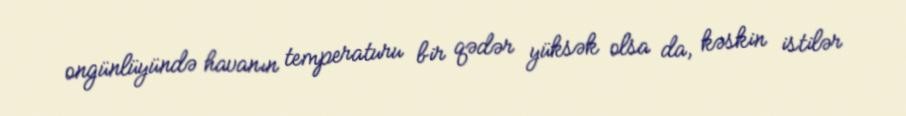
ongünlüyündə havanın temperaturu bir qədər yüksək olsa da, kəskin istilər